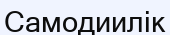
Самодиилік